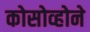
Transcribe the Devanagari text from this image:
कोसोव्होने